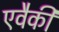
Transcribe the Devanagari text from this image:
एवैकी